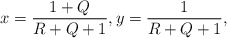
\begin{align*}x=\frac{1+Q}{R+Q+1},y=\frac{1}{R+Q+1},\end{align*}